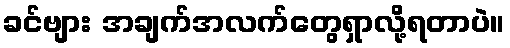
ခင်ဗျား အချက်အလက်တွေရှာလို့ရတာပဲ။